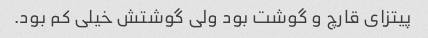
پیتزای قارچ و گوشت بود ولی گوشتش خیلی کم بود.